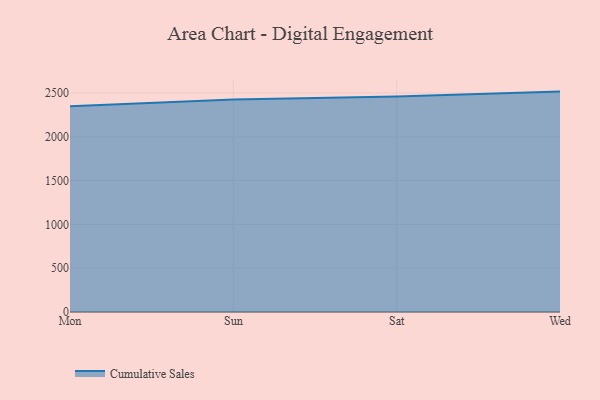
{"axis": {"x": "Day", "y": "Operating Costs (USD K)"}, "legend": ["Cumulative Sales"], "data": [{"x": "Mon", "y": 2349.7, "type": "Cumulative Sales"}, {"x": "Sun", "y": 2426.0, "type": "Cumulative Sales"}, {"x": "Sat", "y": 2458.9, "type": "Cumulative Sales"}, {"x": "Wed", "y": 2516.0, "type": "Cumulative Sales"}]}